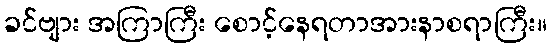
ခင်ဗျား အကြာကြီး စောင့်နေရတာအားနာစရာကြီး။